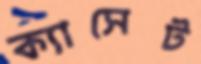
ক্যাসেট